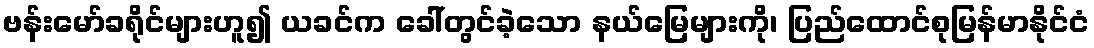
ဗန်းမော်ခရိုင်များဟူ၍ ယခင်က ခေါ်တွင်ခဲ့သော နယ်မြေများကို၊ ပြည်ထောင်စုမြန်မာနိုင်ငံ